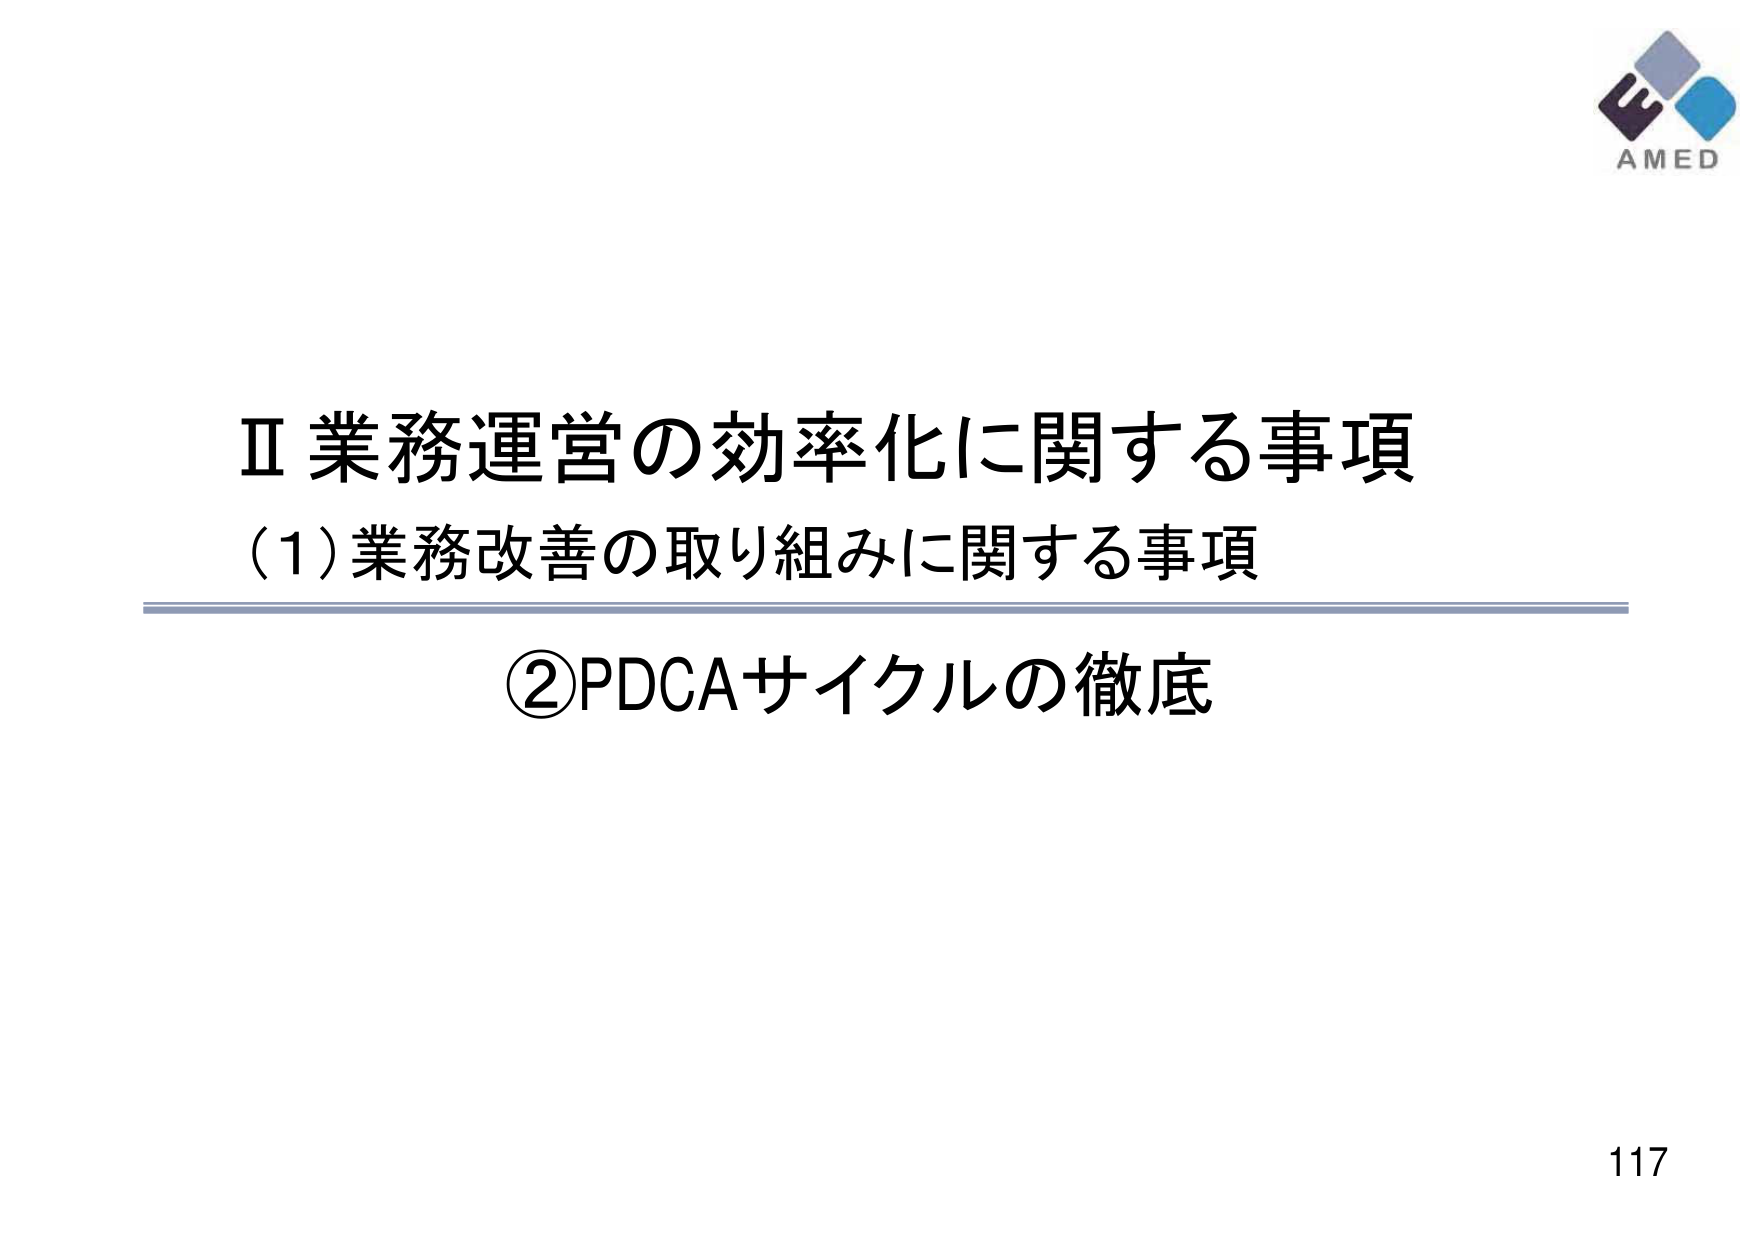
Ⅱ 業務運営の効率化に関する事項
(1) 業務改善の取り組みに関する事項
②PDCAサイクルの徹底
AMED
117